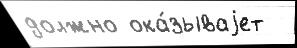
должно ока́зываjет